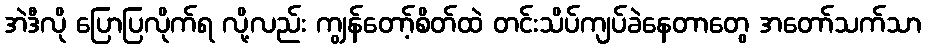
အဲဒီလို ပြောပြလိုက်ရ လို့လည်း ကျွန်တော့်စိတ်ထဲ တင်းသိပ်ကျပ်ခဲနေတာတွေ အတော်သက်သာ